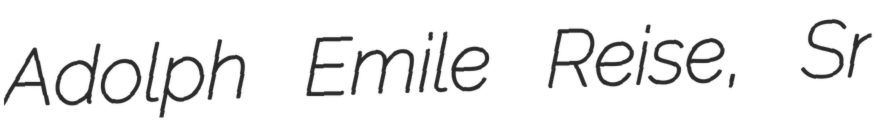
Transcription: Adolph Emile Reise, Sr